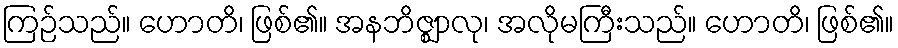
ကြဉ်သည်။ ဟောတိ၊ ဖြစ်၏။ အနဘိဇ္ဈာလု၊ အလိုမကြီးသည်။ ဟောတိ၊ ဖြစ်၏။